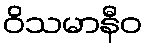
ဝိသမာနီဝ